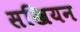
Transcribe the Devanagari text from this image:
सखियन